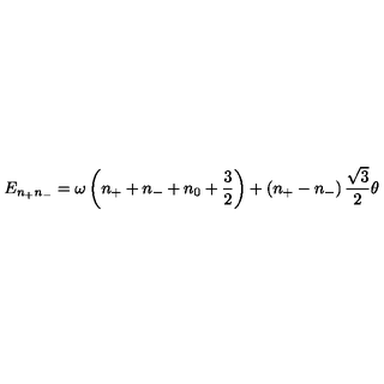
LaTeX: E _ { n _ { + } n _ { - } } = \omega \left( n _ { + } + n _ { - } + n _ { 0 } + { \frac { 3 } { 2 } } \right) + \left( n _ { + } - n _ { - } \right) \frac { \sqrt 3 } { 2 } \theta